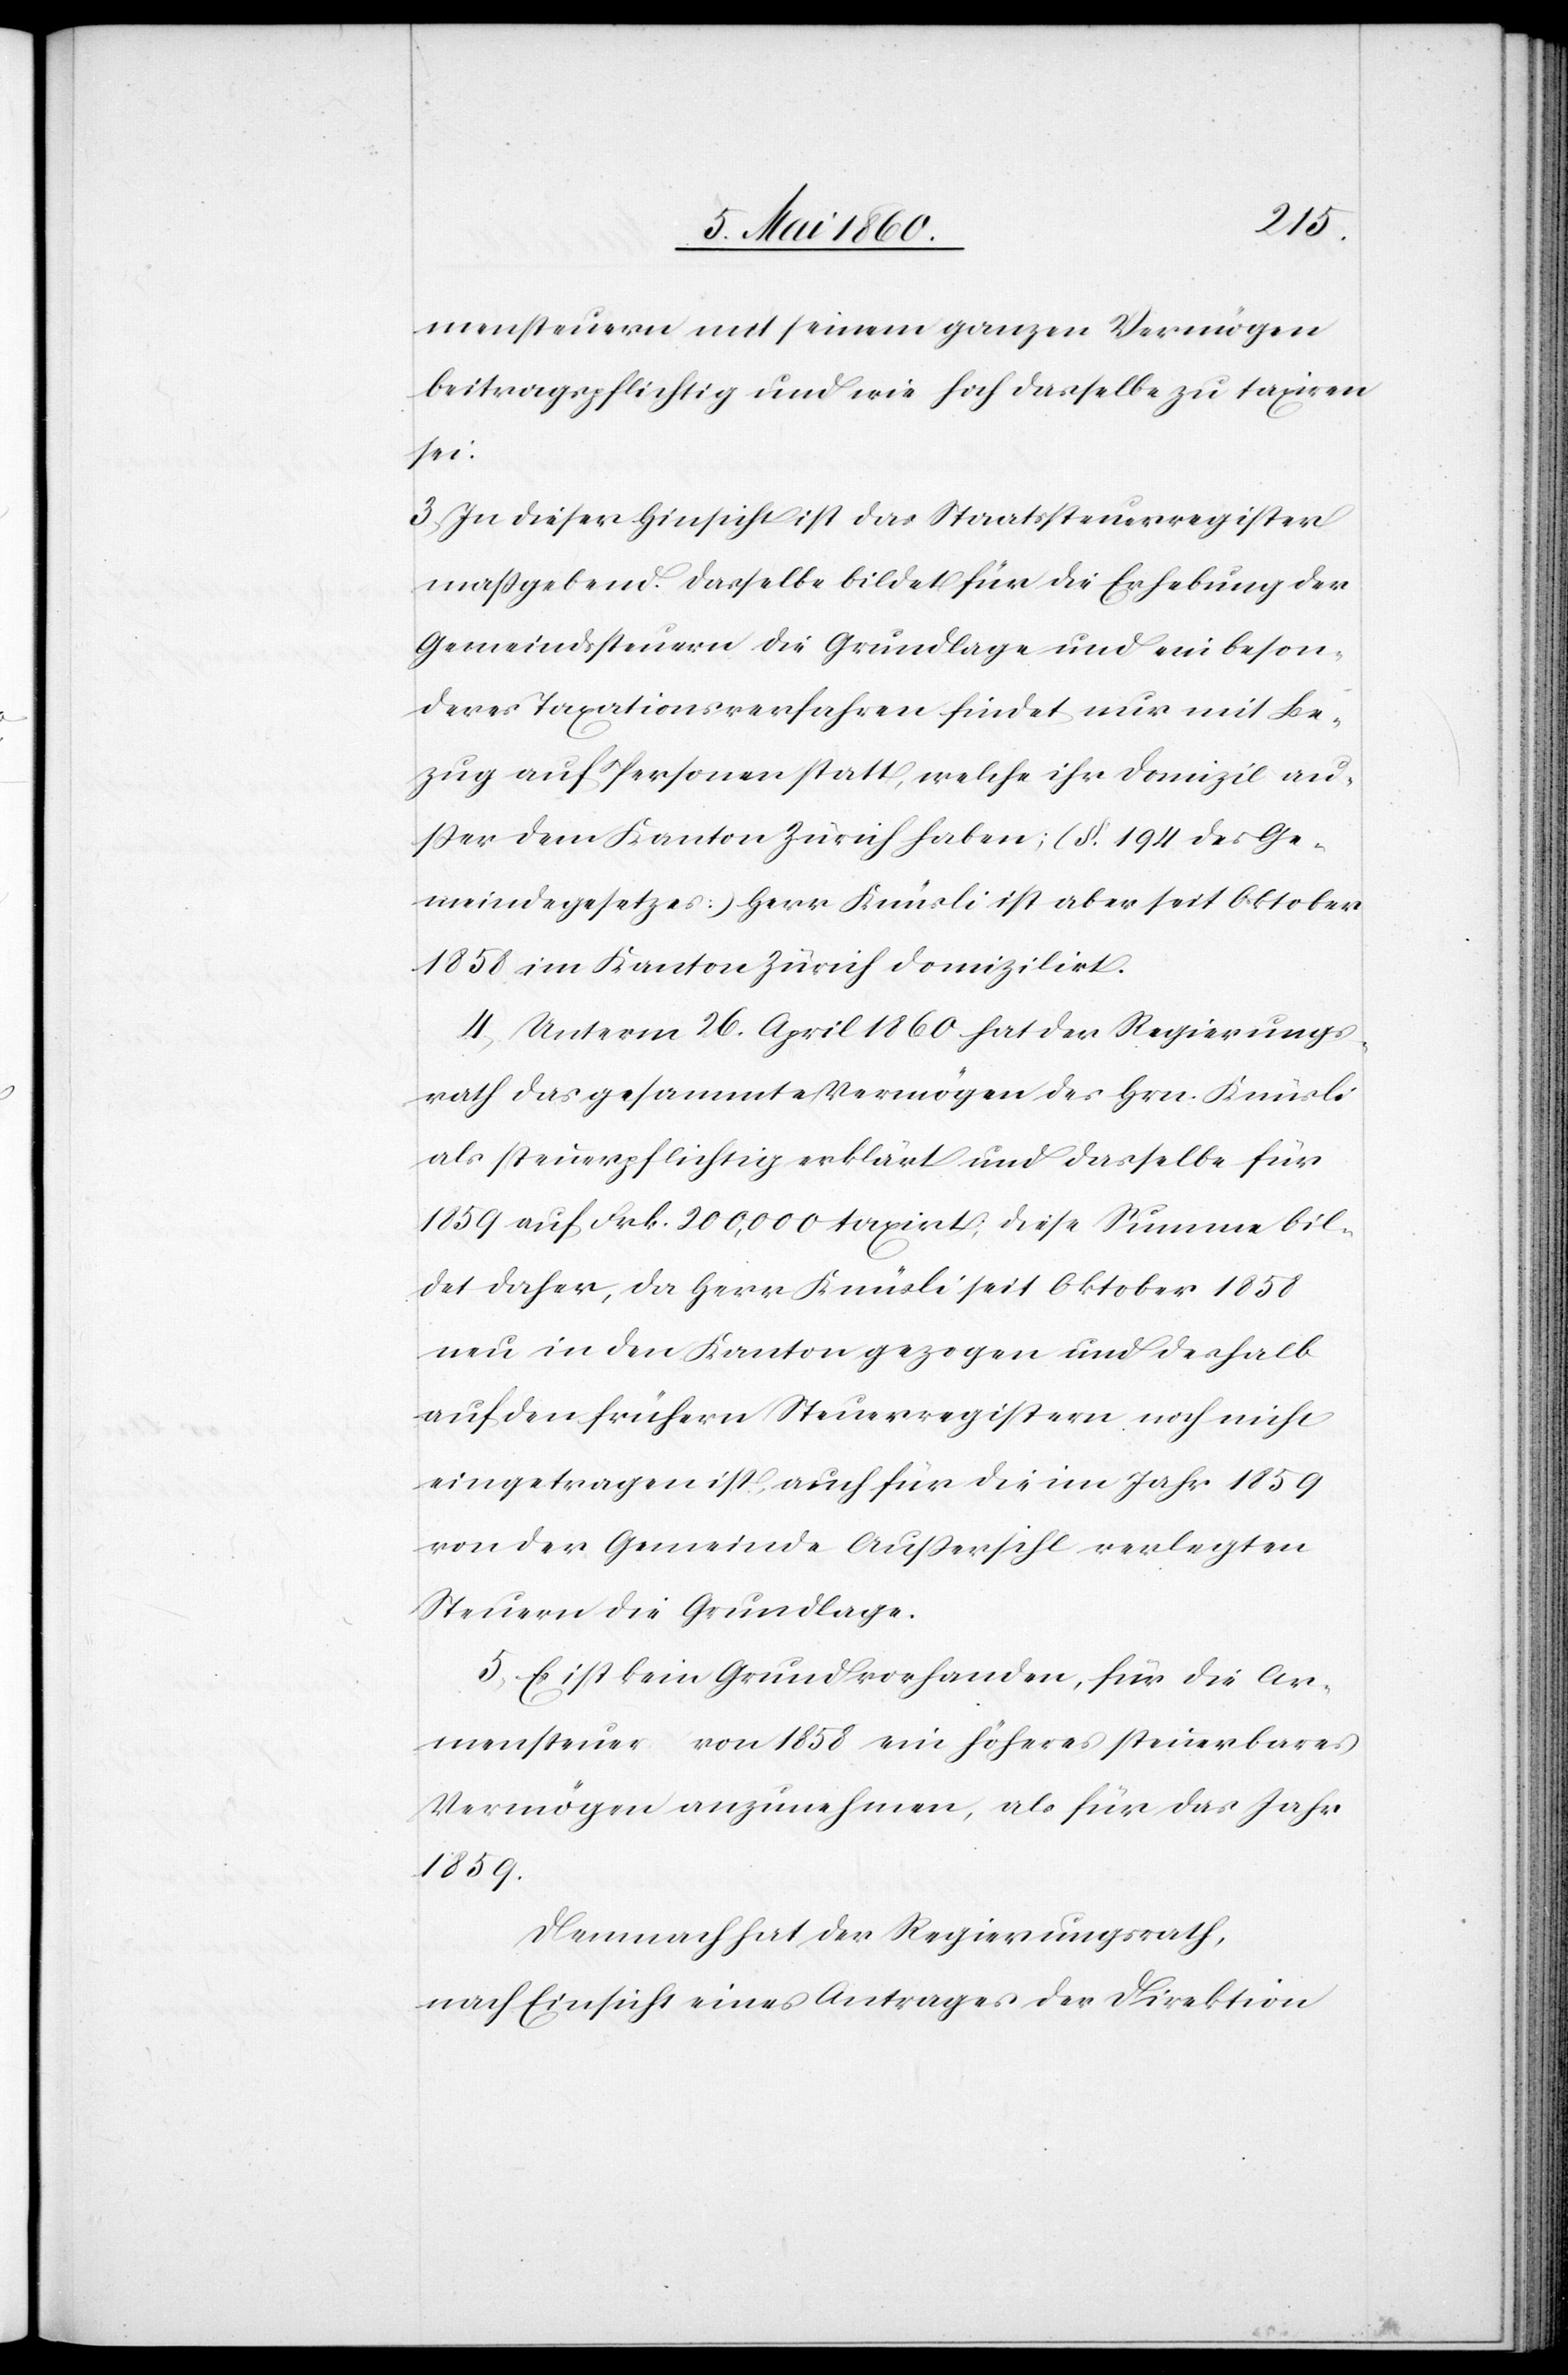
mensteuern mit seinem ganzen Vermögen
beitragspflichtig und wie hoch dasselbe zu taxiren
sei:
3. In dieser Hinsicht ist das Staatssteuerregister
massgebend. Dasselbe bildet für die Erhebung der
Gemeindssteuern die Grundlage und ein beson¬
deres Taxationsverfahren findet nur mit Be¬
zug auf Personen statt, welche ihr Domizil au¬
sser dem Kanton Zürich haben; (§. 194 des Ge¬
meindegesetzes) Herr Knüsli ist aber seit Oktober
1858 im Kanton Zürich domizilirt.
4. Unterm 26. April 1860 hat der Regierungs¬
rath das gesammte Vermögen des Hrn. Knüsli
als steuerpflichtig erklärt und dasselbe für
1859 auf Frk. 200,000 taxirt; diese Summe bil¬
det daher, da Herr Knüsli seit Oktober 1858
neu in den Kanton gezogen und deshalb
auf den frühern Steuerregistern noch nicht
eingetragen ist, auch für die im Jahr 1859
von der Gemeinde Aussersihl verlegten
Steuern die Grundlage.
5. Es ist kein Grund vorhanden, für die Ar¬
mensteuer von 1858 ein höheres steuerbares
Vermögen anzunehmen, als für das Jahr
1859.
Demnach hat der Regierungsrath,
nach Einsicht eines Antrages der Direktion